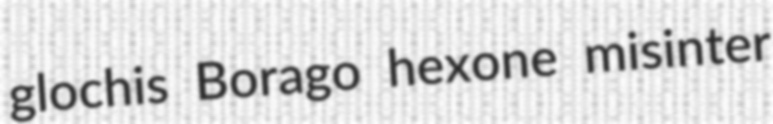
glochis Borago hexone misinter